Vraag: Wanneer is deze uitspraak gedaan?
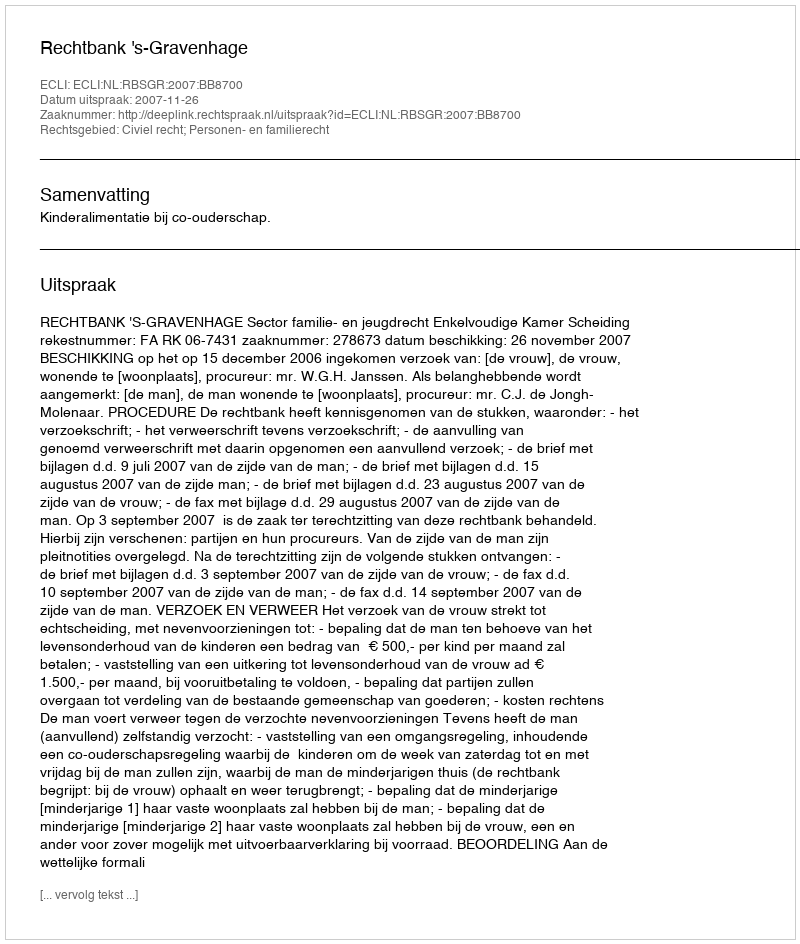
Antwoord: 2007-11-26